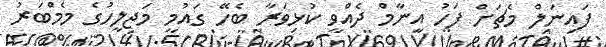
ފައިނަލް މެޗަށް ފަހު އިނާމް ދެއްވީ ކުޅިވަރާ ބެހޭ ގައުމީ މަޖިލީހުގެ މެމްބަރު